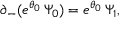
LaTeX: \partial _ { - } ( e ^ { \theta _ { 0 } } \, \Psi _ { 0 } ) = e ^ { \theta _ { 0 } } \, \Psi _ { 1 } ,